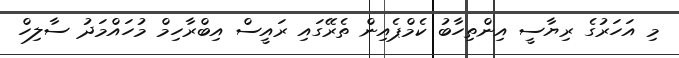
މި އަހަރުގެ ރިޔާސީ އިންތިހާބު ކެމްޕެއިން ތެރޭގައި ރައީސް އިބްރާހިމް މުހައްމަދު ސާލިހް